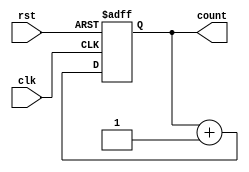
module ripple_counter #(parameter n = 4) (
    input wire clk,       // Clock input
    input wire rst,       // Asynchronous reset input
    output reg [n-1:0] count // n-bit counter output
);

// Counter Logic
always @(posedge clk or posedge rst) begin
    if (rst) begin
        count <= 0; // Reset counter to 0
    end else begin
        count <= count + 1; // Increment counter
    end
end

endmodule